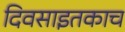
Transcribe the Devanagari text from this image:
दिवसाइतकाच